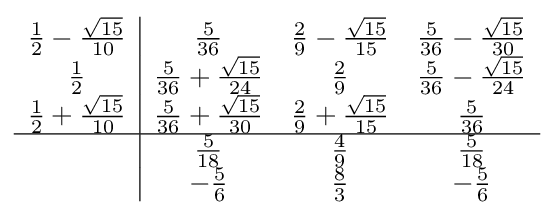
{\begin{array}{c|ccc}{\frac {1}{2}}-{\frac {\sqrt {15}}{10}}&{\frac {5}{36}}&{\frac {2}{9}}-{\frac {\sqrt {15}}{15}}&{\frac {5}{36}}-{\frac {\sqrt {15}}{30}}\\{\frac {1}{2}}&{\frac {5}{36}}+{\frac {\sqrt {15}}{24}}&{\frac {2}{9}}&{\frac {5}{36}}-{\frac {\sqrt {15}}{24}}\\{\frac {1}{2}}+{\frac {\sqrt {15}}{10}}&{\frac {5}{36}}+{\frac {\sqrt {15}}{30}}&{\frac {2}{9}}+{\frac {\sqrt {15}}{15}}&{\frac {5}{36}}\\\hline &{\frac {5}{18}}&{\frac {4}{9}}&{\frac {5}{18}}\\&-{\frac {5}{6}}&{\frac {8}{3}}&-{\frac {5}{6}}\end{array}}